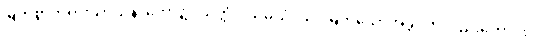
မြတ်စွာဘုရားသာသနာတော်၌။ ယုတ္တံဝါသမယံ၊ သင့်မြတ်သောအခွင့်ကိုလည်းကောင်း။